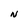
Character: N